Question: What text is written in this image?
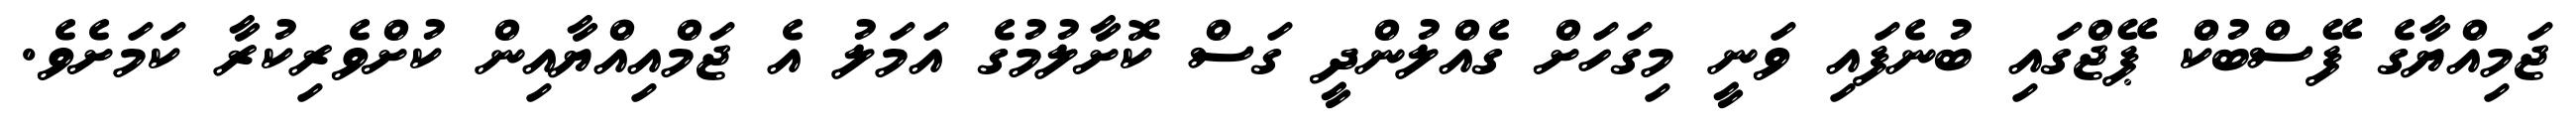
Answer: ޖަމިއްޔާގެ ފޭސްބުކް ޕޭޖްގައި ބުނެފައި ވަނީ މިގަހަށް ގެއްލުންދީ ގަސް ކޮށާލުމުގެ އަމަލު އެ ޖަމްއިއްޔާއިން ކުށްވެރިކުރާ ކަމަށެވެ.